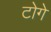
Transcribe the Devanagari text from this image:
टोगे